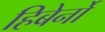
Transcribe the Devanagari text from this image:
हिबेर्नो